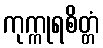
ကုက္ကုရစိတ္တံ